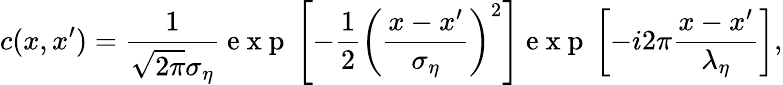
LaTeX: c(x,x^{\prime})=\frac{1}{\sqrt{2\pi}\sigma_{\eta}}\mathrm{~e~x~p~}\left[-\frac{1}{2}\left(\frac{x-x^{\prime}}{\sigma_{\eta}}\right)^{2}\right]\mathrm{~e~x~p~}\left[-i2\pi\frac{x-x^{\prime}}{\lambda_{\eta}}\right],